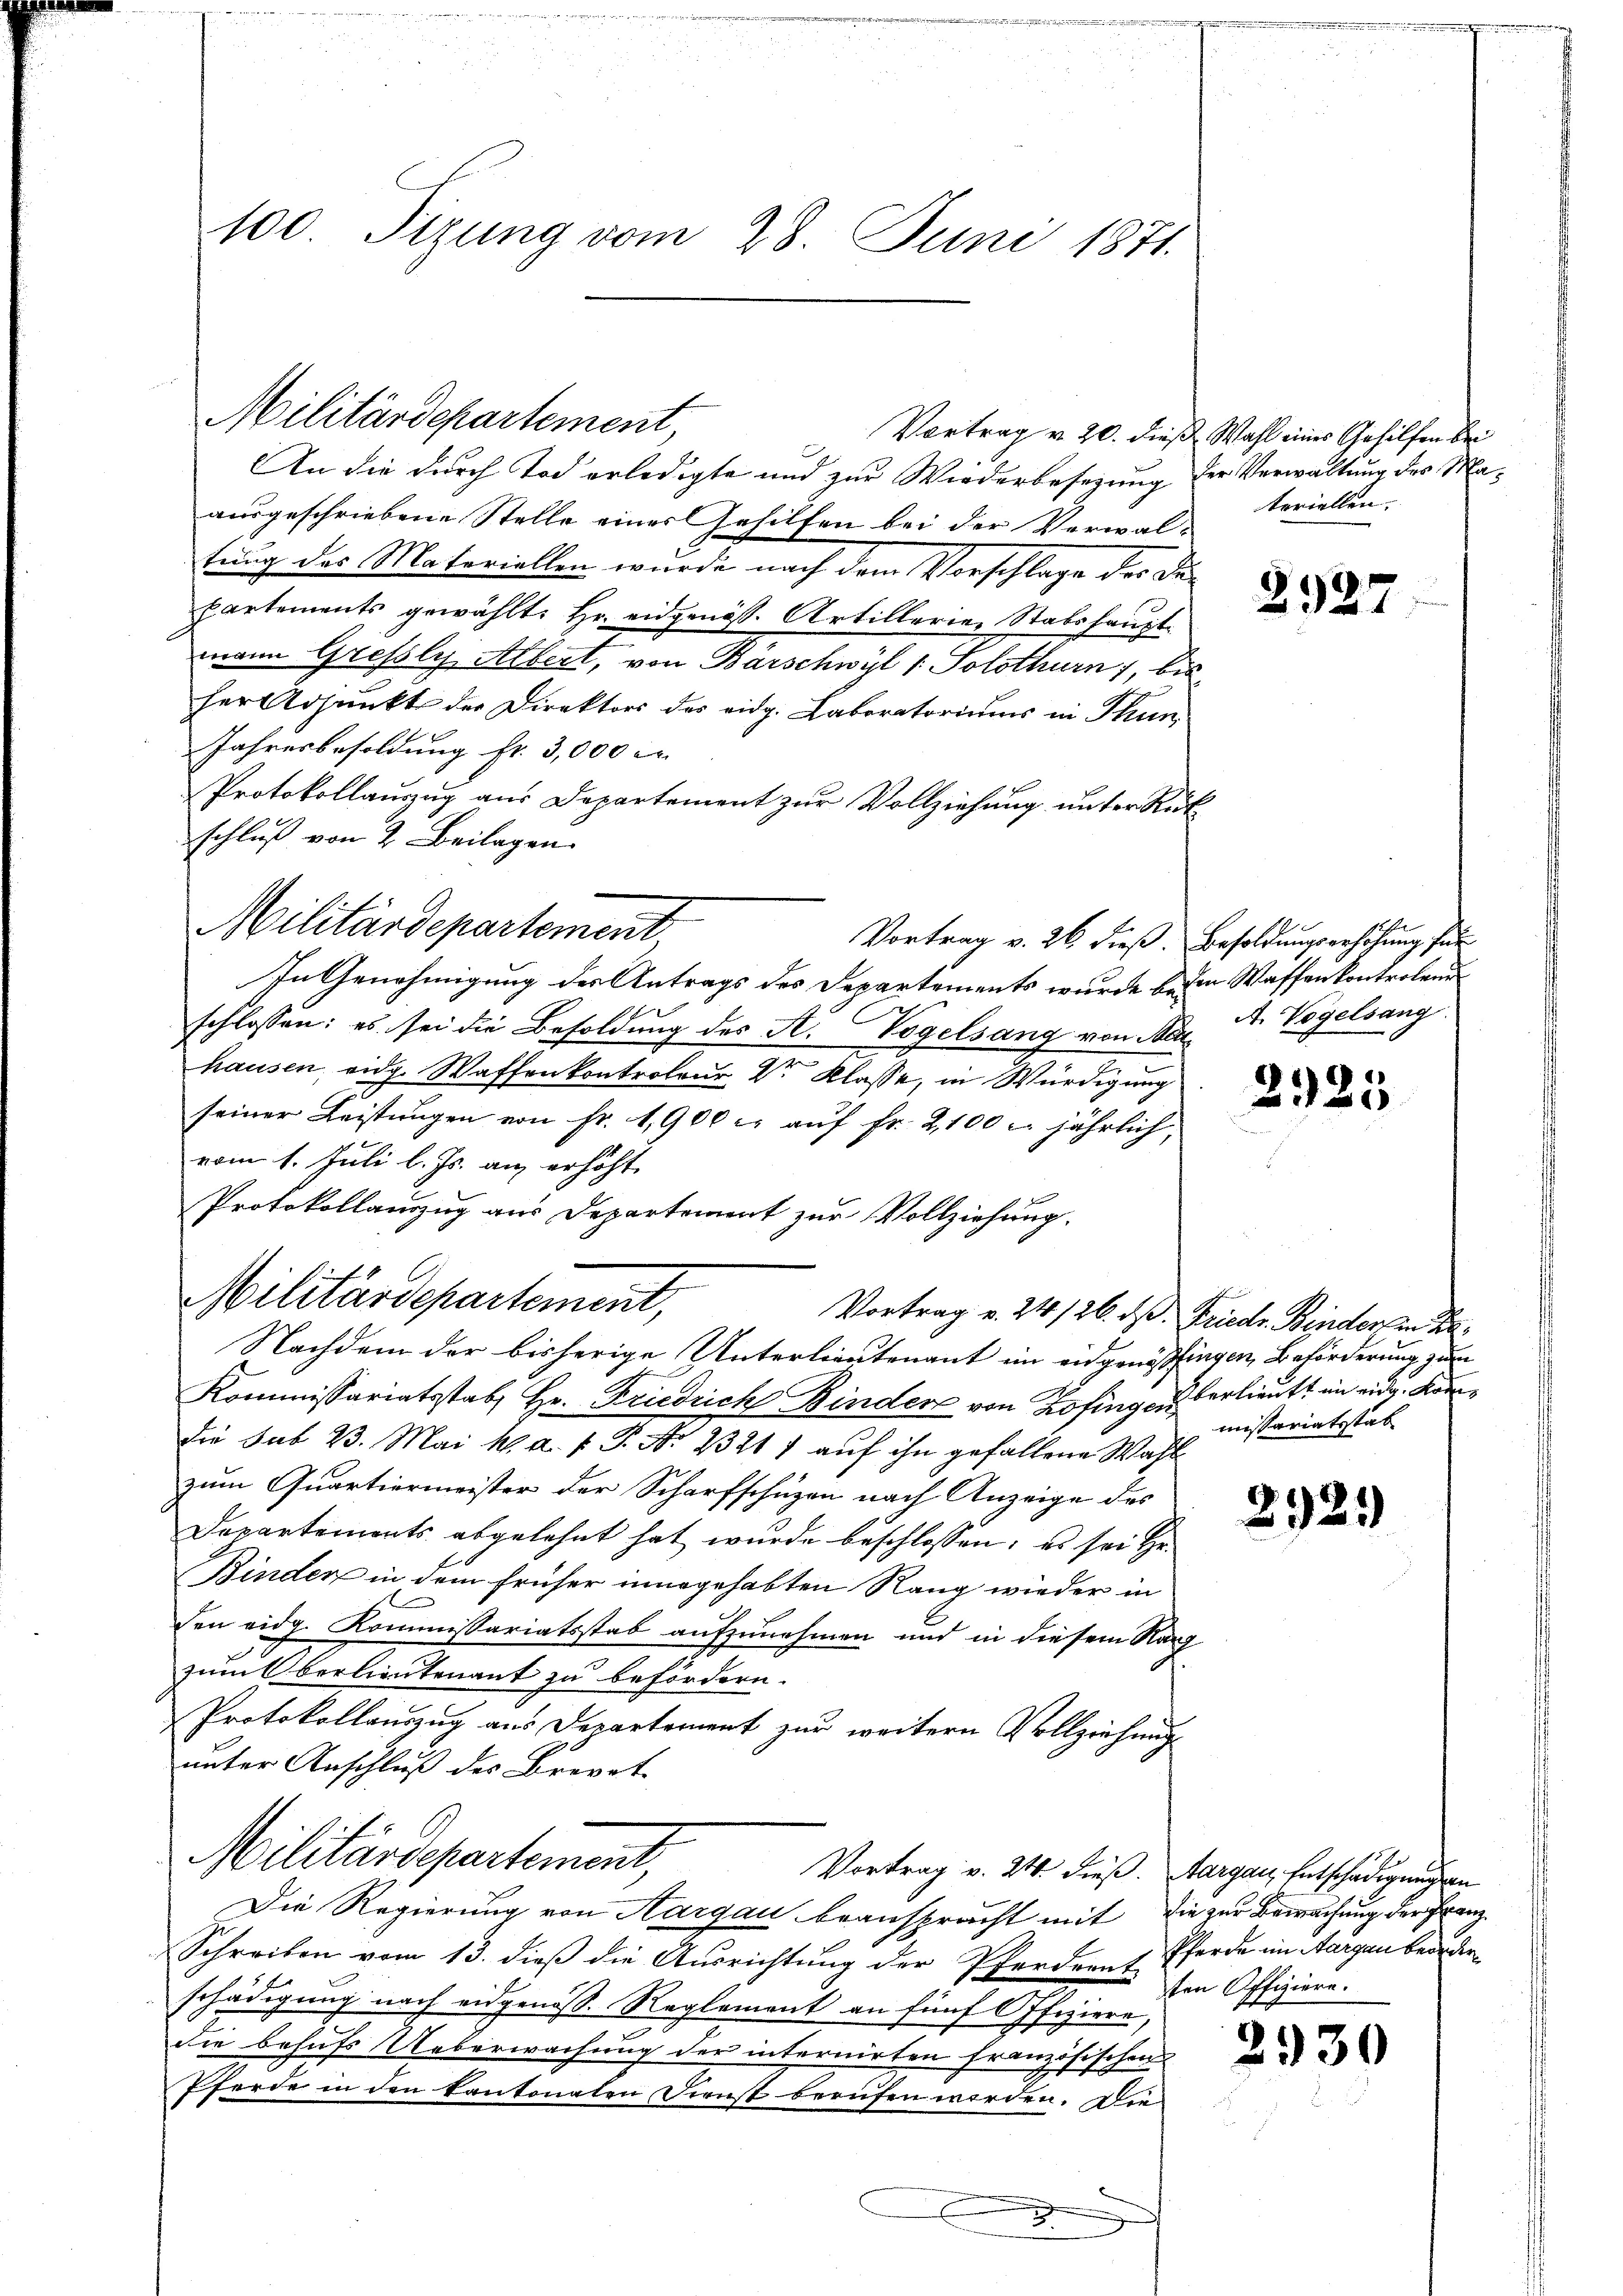
100. Sizung vom 28. Juni 1871.

Militärdepartement,

Militärdepartement

Militärdepartement,

Vortrag v. 20. dieß, Wahl eines Gehilfen bei
An die durch Tod erledigte und zur Wiederbesezung der Verwaltung des Maausgeschriebene Stelle einer Gehilfen bei der Verwal-
tung des Materiellen wurde nach dem Vorschlage des De¬
Partements gewählt: Hr. eidgenöss. Artillerie, Stabshauptmann Grefslys Albert, von Barschwyl 1 Solothurn, bis
her Adjunkt der Direktors des eidg. Laboratoriums in Thun
Jahresbesoldung fr. 3,000 M
Protokollauszug aus Departement zur Vollziehung unter Rück
schluß von 2 Beilagen.
Vortrag v. 26 dieß. Besoldungserhöhung für
In Genehmigung des Antrags des Departements wurde beim Waffenkontrolend
schlossen: es sei die Besoldung des St. Vogelsang von der A. Vogelsang
hausen, eidg. Waffenkontroleur Dr. Klasse, in Würdigung
seiner Leistŭngen von fr. 1900 c. aŭf fr. 2,100 u. jährlich,
vom 1. Juli l. Js. an erhöht.
Protokollanzug aus Departement zur Vollziehung.
Nachdem der bisherige Unterlieutenant im eidgenössingen Beförderung zum
Kommissariatsstab, Hr. Friedrich Binder von Zofingen verlieutt in eidg. Komdie sub 23. Mai k. a. f. J. No 13217 auf ihn gefallene Wahlzum Quartiermeister der Scharfschüzen nach Anzeige des
Departemonts abgelehnt hat wurde beschlossen; es sei He
Binden in dem früher innegehabten Rang wieder in
den eidg. Kommissariatsstab aufzunehmen und in diesem Narg
zum Oberlieutenant zu befördern.
Protokollauszug aus Departement zur weitern Vollziehung
unter Anschluß des Bravat
Militärdepartement,
Vortrag v. 24. dieß. Aargau, Entschädigung an
Die Regierung von Aargau beanspracht mit die zur Bewachung der Franz
Schreiben vom 13. dieß die Ausrichtung der Pferdernt Pferde im Aargau beorderschädigung nach eidgenöss. Reglement an fünf Offiziere,
die behufs Ueberwachung der internirten Französischen
Pferde in den kantonalen Dienst berufen werden. Die
n
.

Vortrag v. 24. 126. ds. Friedr. Binder in Be

teriellen.

2927

2925

missariatsstat

2921)

ten Offiziere.

2930